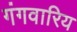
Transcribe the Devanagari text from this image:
गंगवारिय